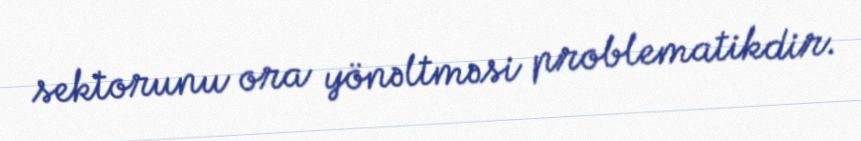
sektorunu ora yönəltməsi problematikdir.